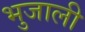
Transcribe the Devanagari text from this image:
भुजाली